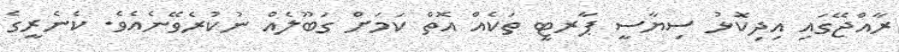
ރާއްޖޭގައި އިދިކޮޅު ސިޔާސީ ޕާރޓީ ތަކެއް އޮތް ކަމަށް ގަބޫލެއް ނުކުރެވޭނެއެވެ. ކެނެރީގެ